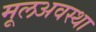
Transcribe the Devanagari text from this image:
मूलअवस्था